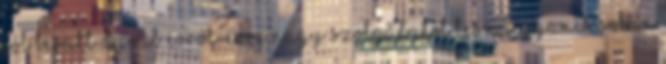
jól bevált darab évről-évre nagy szolgálatot tesz, ugyanis sokan